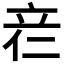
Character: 𰩡